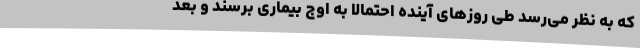
که به نظر می‌رسد طی روزهای آینده احتمالا به اوج بیماری برسند و بعد